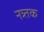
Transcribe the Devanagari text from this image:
नत्र्तक